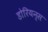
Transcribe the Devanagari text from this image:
डोरियन्स